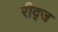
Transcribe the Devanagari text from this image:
रीद्ज